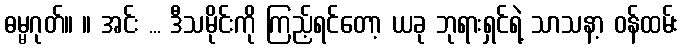
ဓမ္မဂုတ်။ ။ အင်း ... ဒီသမိုင်းကို ကြည့်ရင်တော့ ယခု ဘုရားရှင်ရဲ့ သာသနာ့ ဝန်ထမ်း